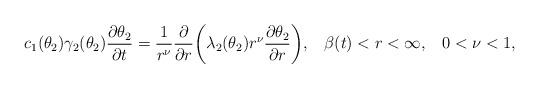
LaTeX: \begin{align*} c_1(\theta_2)\gamma_2(\theta_2)\dfrac{\partial\theta_2}{\partial t}=\dfrac{1}{r^{\nu}}\dfrac{\partial}{\partial r}\bigg(\lambda_2(\theta_2)r^{\nu}\dfrac{\partial\theta_2}{\partial r}\bigg),\;\;\;\beta(t)<r<\infty,\;\;\;0<\nu<1,\end{align*}